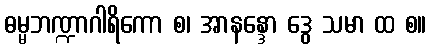
ဓမ္မဘဏ္ဍာဂါရိကော စ၊ အာနန္ဒော ဒွေ သမာ ထ စ။